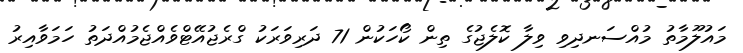
މައުލޫމާތު މުއްސަނދިވި ވިލާ ކޮލެޖުގެ ތިން ކޯހަކުން 71 ދަރިވަރަކު ގްރެޖުއޭޓްވެއްޖެމުއްދަތު ހަމަވާއިރު